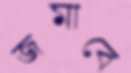
জমাবে